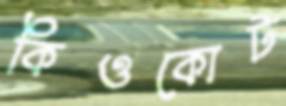
কিওকোট